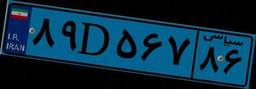
۸۹D۵۶۷۸۶